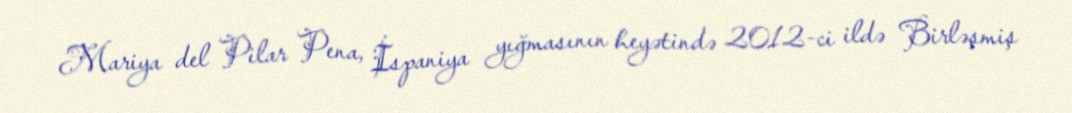
Mariya del Pilar Pena, İspaniya yığmasının heyətində 2012-ci ildə Birləşmiş